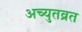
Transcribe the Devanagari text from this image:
अच्युतव्रत